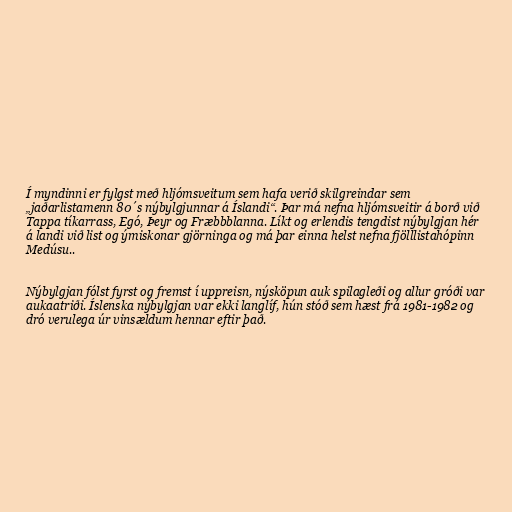
Í myndinni er fylgst með hljómsveitum sem hafa verið skilgreindar sem
„jaðarlistamenn 80´s nýbylgjunnar á Íslandi“. Þar má nefna hljómsveitir á borð við
Tappa tíkarrass, Egó, Þeyr og Fræbbblanna. Líkt og erlendis tengdist nýbylgjan hér
á landi við list og ýmiskonar gjörninga og má þar einna helst nefna fjölllistahópinn
Medúsu..

Nýbylgjan fólst fyrst og fremst í uppreisn, nýsköpun auk spilagleði og allur gróði var
aukaatriði. Íslenska nýbylgjan var ekki langlíf, hún stóð sem hæst frá 1981-1982 og
dró verulega úr vinsældum hennar eftir það.